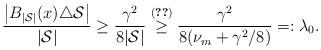
LaTeX: \begin{align*} \frac{ \big|B_{|\mathcal{S}|}(x)\triangle \mathcal{S}\big|}{|\mathcal{S}|}\geq \frac{\gamma^2}{8|\mathcal{S}|}\overset{\eqref{C_interval}}\geq \frac{\gamma^2}{8(\nu_m+\gamma^2/8)}=:\lambda_0. \end{align*}